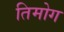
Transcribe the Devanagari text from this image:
तिमोग